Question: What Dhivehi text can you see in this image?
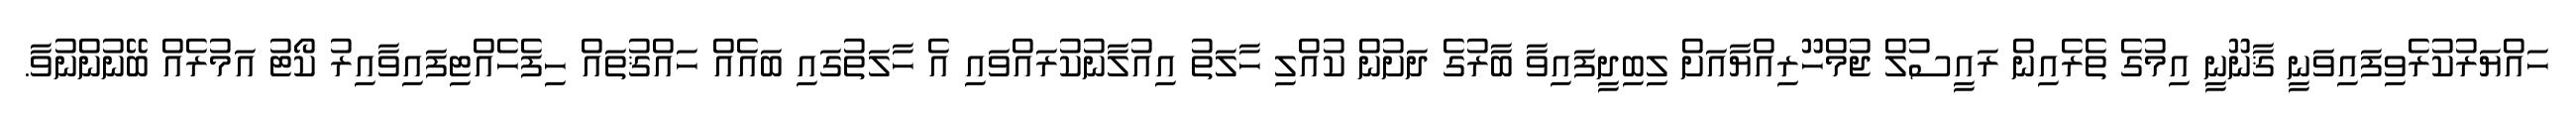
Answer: ހައްޔަރުކުރެވިފައިވަނީ ޤާނޫނީ އިމުގެ ތެރެއިން ރައީސުލް ޖުމްހޫރިއްޔާއަށް ލިބިދީފައިވާ ބާރުގެ ދަށުން ކުއްލި ހާލަތު އިއުލާނުކުރައްވައި އެ ހާލަތުގައި ބައެއް ހައްޤުތައް ހިފެހެއްޓިފައިވާއިރު ކޯޓު އަމުރެއް ބޭނުންނުވާ.